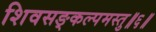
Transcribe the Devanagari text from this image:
शिवसङ्कल्पमस्तु॥६॥